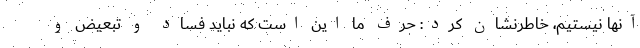
آنها نیستیم، خاطرنشان کرد: حرف ما این است که نباید فساد و تبعیض و